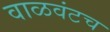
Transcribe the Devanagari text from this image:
वाळवंटच